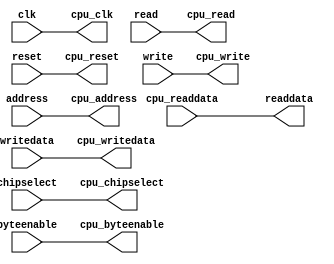
// jtag_adc.v

// `timescale 1 ps / 1 ps
module jtag_adc #(
  parameter AUTO_CLOCK_CLOCK_RATE = "-1"
)(
  input  wire         clk,            // clock.clk
  input  wire         reset,          // reset.reset
  input  wire [11:0]  address,        //    s1.address
  input  wire         chipselect,     //      .chipselect
  output wire [31:0]  readdata,       //      .readdata
  input  wire         read,           //      .read
  input  wire [31:0]  writedata,      //      .writedata
  input  wire         write,          //      .write
  input  wire  [3:0]  byteenable,     //      .byteenable

  output wire         cpu_clk,            //  extram.cpu_clk
  output wire         cpu_reset,          //        .cpu_reset
  output wire [11:0]  cpu_address,        //        .cpu_address
  output wire         cpu_chipselect,     //        .cpu_chipselect
  input  wire [31:0]  cpu_readdata,       //        .cpu_readdata
  output wire         cpu_read,           //        .cpu_read
  output wire [31:0]  cpu_writedata,      //        .cpu_writedata
  output wire         cpu_write,          //        .cpu_write
  output wire  [3:0]  cpu_byteenable     //        .cpu_byteenable

);

  assign cpu_clk = clk;
  assign cpu_reset = reset;
  assign cpu_address = address;
  assign cpu_chipselect = chipselect;
  assign readdata = cpu_readdata;
  assign cpu_read = read;
  assign cpu_writedata = writedata;
  assign cpu_write = write;
  assign cpu_byteenable = byteenable;

endmodule